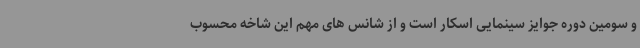
و سومین دوره جوایز سینمایی اسکار است و از شانس های مهم این شاخه محسوب